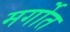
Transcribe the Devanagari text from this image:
मर्गोत